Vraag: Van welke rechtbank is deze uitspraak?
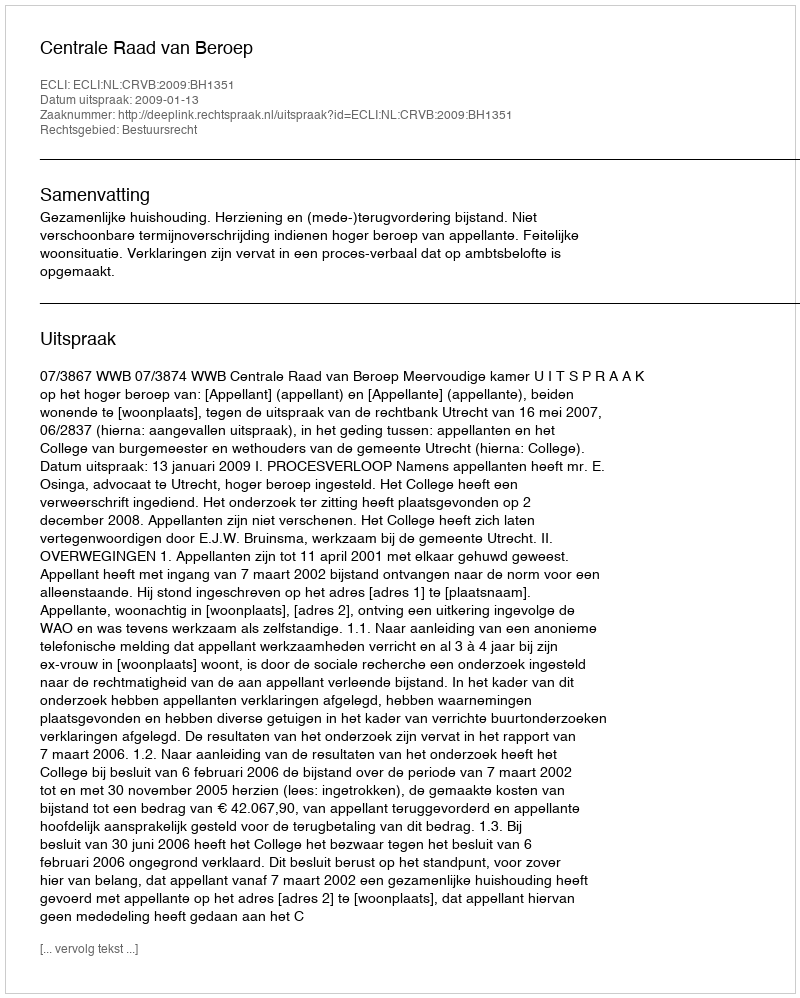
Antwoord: Centrale Raad van Beroep